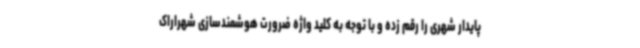
پایدار شهری را رقم زده و با توجه به کلید واژه ضرورت هوشمندسازی شهراراک